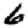
Digit: 6